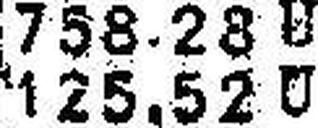
125.52 U